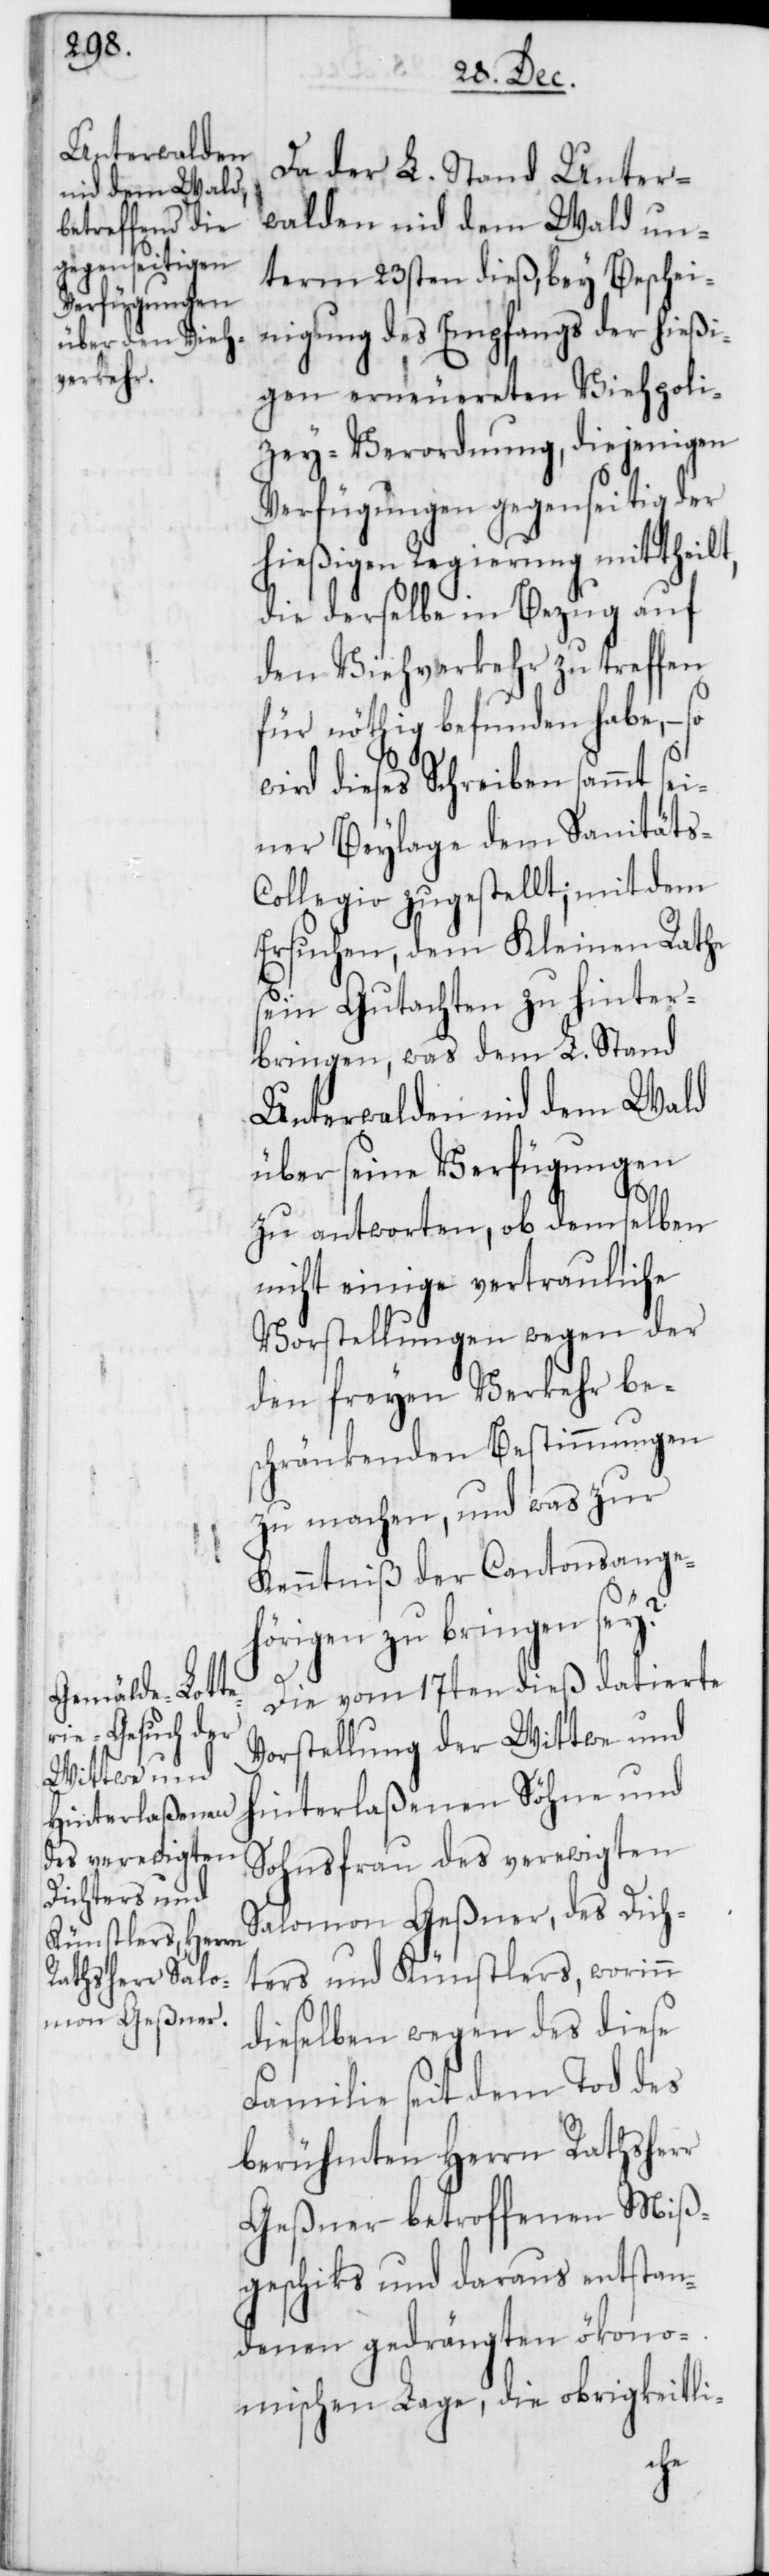
Da der L. Stand Unter¬
walden nid dem Wald un¬
term 23sten dieß, bey Beschei¬
nigung des Empfangs der hießi¬
gen erneuereten ViehPoli¬
zey-Verordnung, diejenigen
Verfügungen gegenseitig der
hießigen Regierung mittheilt,
die derselbe in Bezug auf
den Viehverkehr zu treffen
für nöthig befunden habe, –
wird dieses Schreiben sammt sei¬
ner Beylage dem Sanitäts¬
collegio zugestellt, mit dem
Ersuchen, dem Kleinen Rathe
sein Gutachten zu hinter¬
bringen, was dem L. Stand
Unterwalden nid dem Wald
über seine Verfügungen
zu antworten, ob demselben
nicht einige vertrauliche
Vorstellungen wegen der
den freyen Verkehr bes¬
chränkenden Bestimmungen
zu machen, und was zur
Kenntniß der Cantonsange¬
hörigen zu bringen sei?
Die vom 17ten dieß datierte
Vorstellung der Wittwe und
hinterlaßenen Söhne und
Sohnsfrau des verewigten
Salomon Geßner, des Dich¬
ters und Künstlers, worinn
dieselben wegen des diese
Familie seit dem Tod des
berühmten Herrn Rathsherr
Geßner betroffenen Miß¬
geschiks und daraus entstan¬
denen gedrängten ökono¬
mischen Lage, die obrigkeitli-